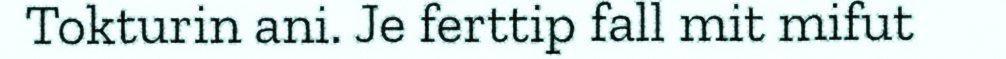
Tokturin ani. Je ferttip fall mit mifut